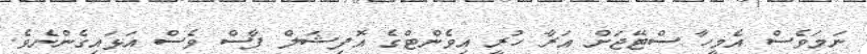
ނަމަވެސް އެމީހާ ސްޓޭޖަށް އަރާ ހުރީ އިވެންޓްގެ އޮފިޝަލް ފާސް ވެސް އަޅައިގެންނެވެ.